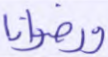
ورضوانا